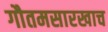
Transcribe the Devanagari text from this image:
गौतमसारखाच